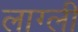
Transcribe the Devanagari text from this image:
लाग्ली